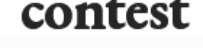
contest